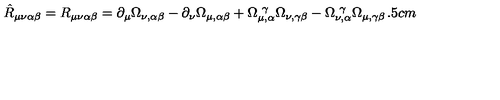
\hat { R } _ { \mu \nu \alpha \beta } = R _ { \mu \nu \alpha \beta } = \partial _ { \mu } \Omega _ { \nu , \alpha \beta } - \partial _ { \nu } \Omega _ { \mu , \alpha \beta } + \Omega _ { \mu , \alpha } ^ { \ \gamma } \Omega _ { \nu , \gamma \beta } - \Omega _ { \nu , \alpha } ^ { \ \gamma } \Omega _ { \mu , \gamma \beta } \hspace { 1 . 5 c m }